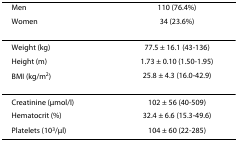
<table><thead><tr><td><b>Men</b></td><td><b>110 (76.4%)</b></td></tr><tr><td><b>Women</b></td><td><b>34 (23.6%)</b></td></tr></thead><tbody><tr><td>Weight (kg)</td><td>77.5 ± 16.1 (43-136)</td></tr><tr><td>Height (m)</td><td>1.73 ± 0.10 (1.50-1.95)</td></tr><tr><td>BMI (kg/m<sup>2</sup>)</td><td>25.8 ± 4.3 (16.0-42.9)</td></tr><tr><td>Creatinine (μmol/l)</td><td>102 ± 56 (40-509)</td></tr><tr><td>Hematocrit (%)</td><td>32.4 ± 6.6 (15.3-49.6)</td></tr><tr><td>Platelets (10<sup>3</sup>/μl)</td><td>104 ± 60 (22-285)</td></tr></tbody></table>